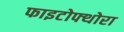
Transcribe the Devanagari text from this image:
फाइटोफ्थोरा